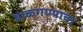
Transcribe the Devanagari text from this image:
बाळ्गण्याचा